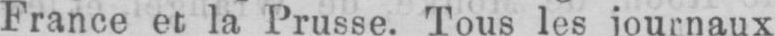
France et la Prusse. Tous les journaux